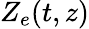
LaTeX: Z_{e}(t,z)